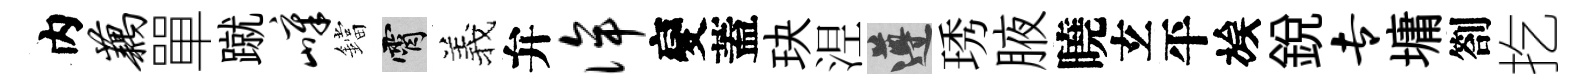
内藕單蹴嶂鐺霄羲弁侔變蓋玦𣵀遵琇腋曉𤣥平族銳专墉劄扢